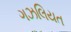
ગઝલિયત